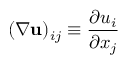
( \nabla \mathbf { u } ) _ { i j } \equiv \frac { \partial u _ { i } } { \partial x _ { j } }